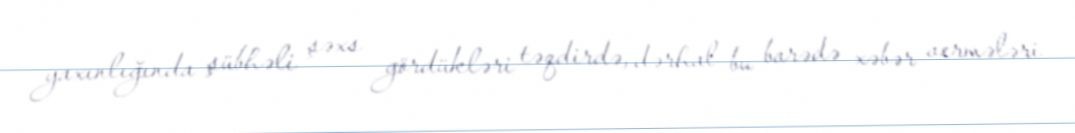
yaxınlığında şübhəli şəxs gördükləri təqdirdə, dərhal bu barədə xəbər vermələri